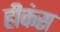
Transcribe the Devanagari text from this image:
हीकंस